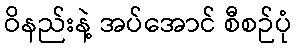
ဝိနည်းနဲ့ အပ်အောင် စီစဉ်ပုံ